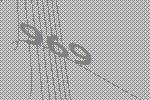
969